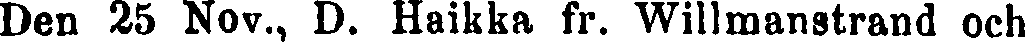
Den 25 Nov., D. Haikka fr. Willmanstrand och